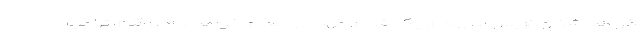
خواهد شد و کریس به زودی یک اقدام مهمی را انجام خواهد داد.» آقای ترامپ